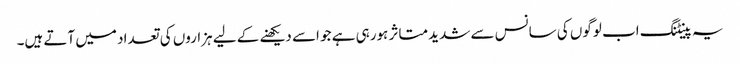
یہ پینٹنگ اب لوگوں کی سانس سے شدید متاثر ہورہی ہے جو اسے دیکھنے کے لیے ہزاروں کی تعداد میں آتے ہیں۔